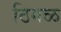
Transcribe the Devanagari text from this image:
ठिगळ